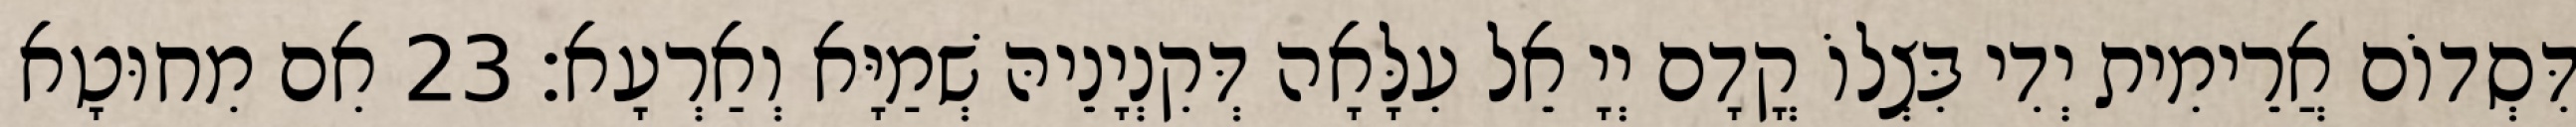
דִּסְדוֹם אֲרֵימִית יְדִי בִּצְלוֹ קֳדָם יְיָ אֵל עִלָּאָה דְּקִנְיָנֵיהּ שְׁמַיָּא וְאַרְעָא׃ 23 אִם מִחוּטָא